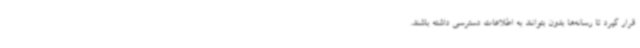
قرار گیرد تا رسانه‌ها بدون بتوانند به اطلاعات دسترسی داشته باشند.